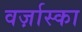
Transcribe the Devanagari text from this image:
वर्ज़ास्का